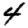
Digit: 4